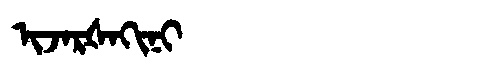
Manchu: ᡳᠵᠠᡵᡧᠠᡴᡳᠨᡳ
Romanization: IJARŠAKINI